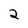
Character: 2